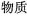
物质